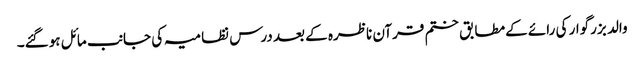
والد بزرگوار کی رائے کےمطابق ختم قرآن ناظرہ کے بعد درس نظامیہ کی جانب مائل ہوگئے۔